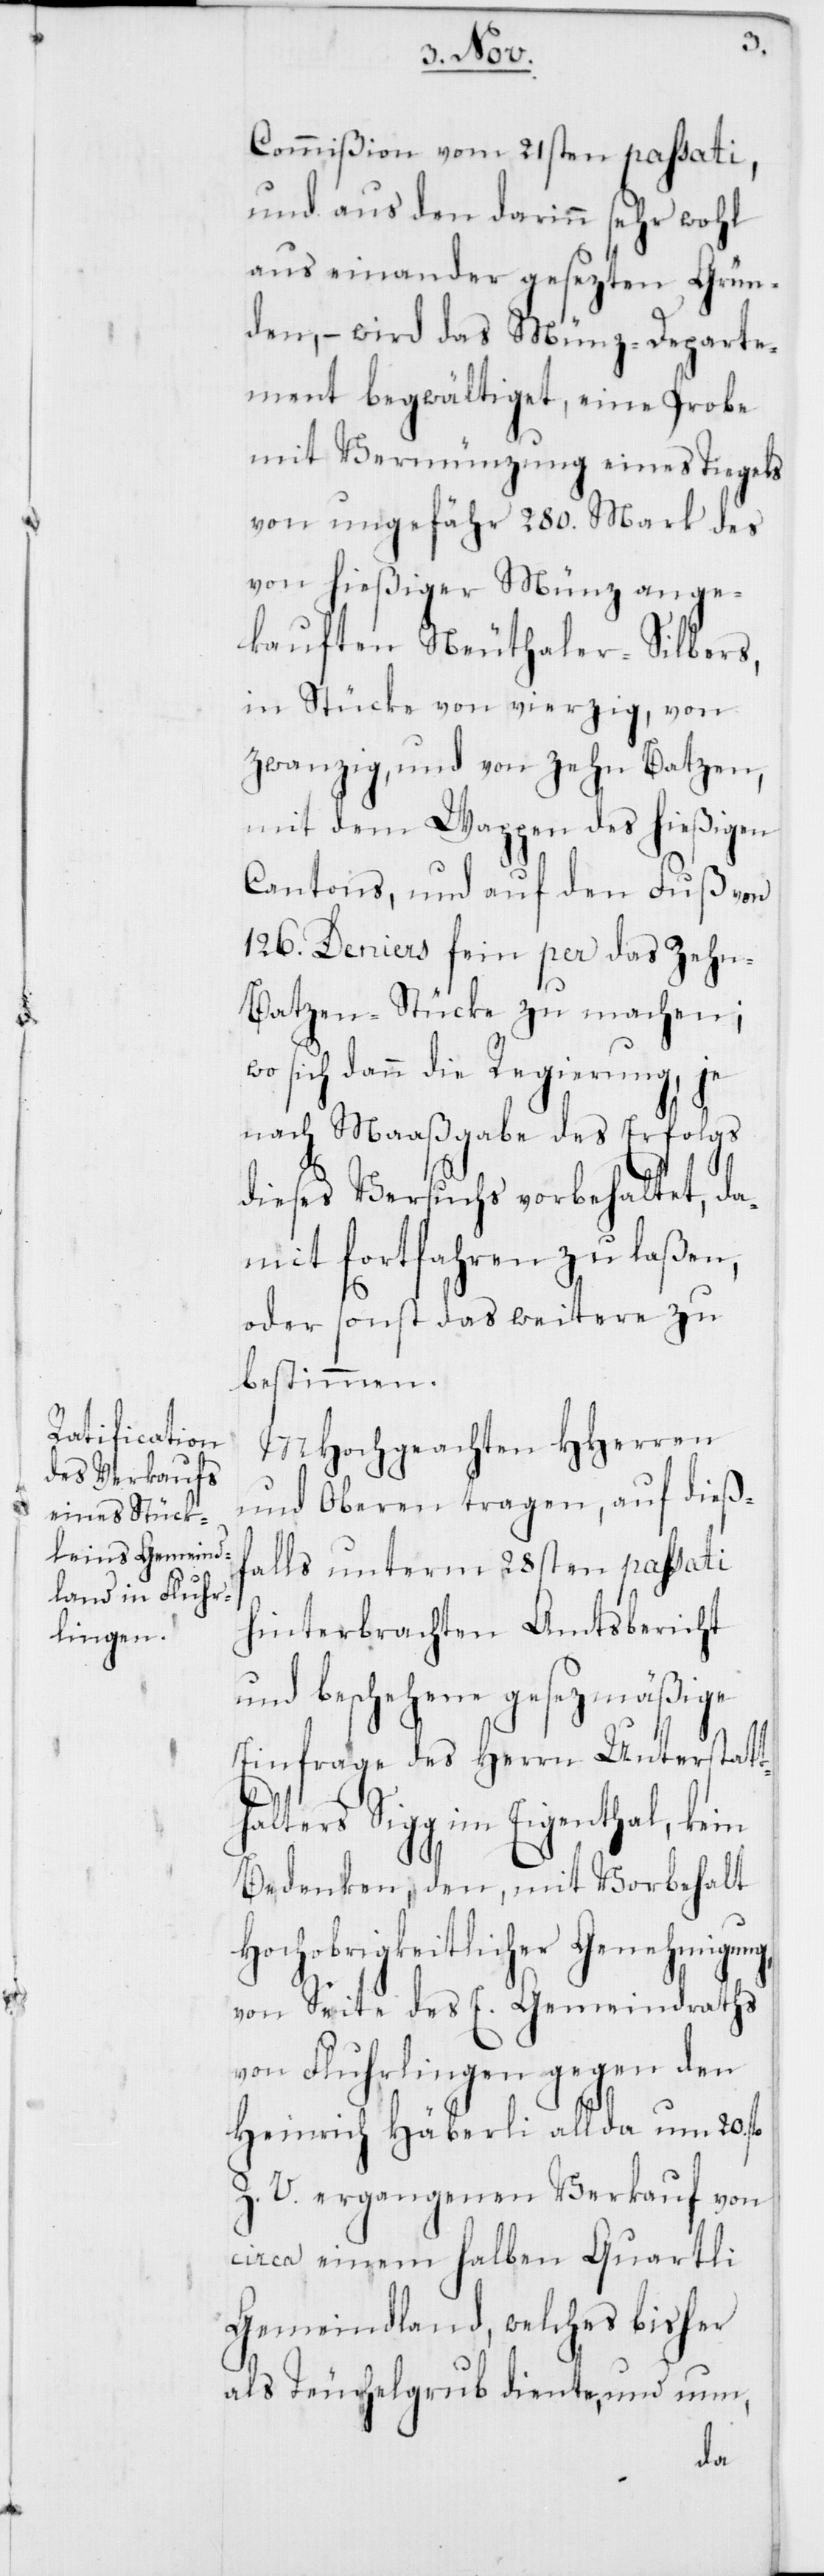
Commißion vom 21sten passati,
und aus den darinn sehr wohl
aus einander gesezten Grün¬
den, – wird das Münz-Departe¬
ment begwältiget, eine Probe
mit Vermünzung eines Tiegels
von ungefähr 280. Mark des
von hießiger Münz ange¬
kauften Neuthaler-Silbers,
in Stücke von vierzig, von
zwanzig, und von zehn Batzen
mit dem Wappen des hießigen
Cantons, und auf den Fuß von
126. Deniers fein per das Zehn-B¬
atzen-Stücke zu machen;
wo sich dann die Regierung, je
nach Maaßgabe des Erfolgs
dieses Versuchs vorbehaltet, da¬
mit fortfahren zu laßen,
oder sonst das weitere zu
bestimmen.
MHochgeachten HHerren
und Oberen tragen, auf dieß¬
falls unterm 28sten passati
hinterbrachten Amtsbericht
und beschehene gesezmäßige
Einfrage des Herrn Unterstatt¬
halter Sigg im Eigenthal, kein
Bedenken, den, mit Vorbehalt
Hochobrigkeitlicher Genehmigung,
von Seite des E. Gemeindraths
von Fluhrlingen gegen den
Heinrich Häberli all da um 20. fl.
Z. V. ergangenen Verkauf von
circa einem halben Quartli
Gemeindland, welches bisher
als Teuchelgrub diente, und nun,